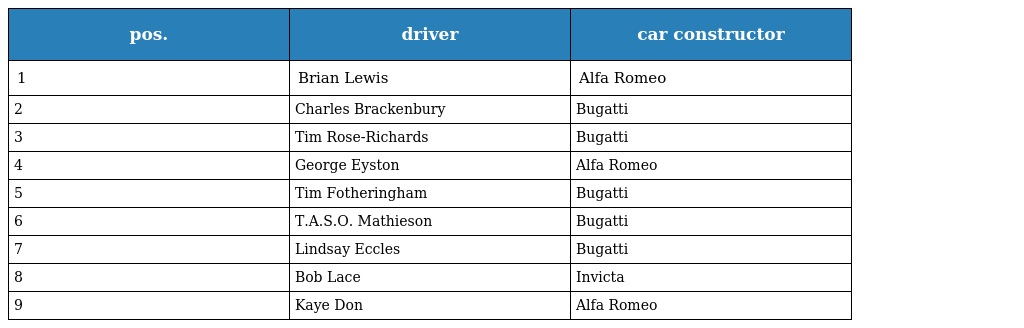
| pos. | driver | car constructor |
 | --- | --- | --- |
 | 1 | Brian Lewis | Alfa Romeo |
 | 2 | Charles Brackenbury | Bugatti |
 | 3 | Tim Rose-Richards | Bugatti |
 | 4 | George Eyston | Alfa Romeo |
 | 5 | Tim Fotheringham | Bugatti |
 | 6 | T.A.S.O. Mathieson | Bugatti |
 | 7 | Lindsay Eccles | Bugatti |
 | 8 | Bob Lace | Invicta |
 | 9 | Kaye Don | Alfa Romeo |